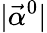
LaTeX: |\vec{\alpha}^{0}|